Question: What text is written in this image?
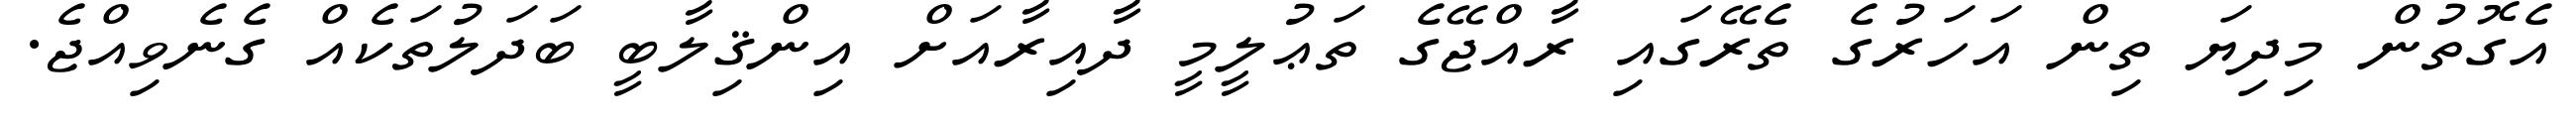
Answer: އެގޮތުން މިދިޔަ ތިން އަހަރުގެ ތެރޭގައި ރާއްޖޭގެ ތަޢުލީމީ ދާއިރާއަށް އިންޤިލާބީ ބަދަލުތަކެއް ގެނެވިއްޖެ.